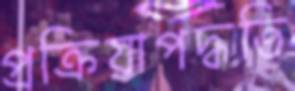
প্রক্রিয়াপদ্ধতি